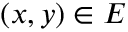
( x , y ) \in E